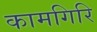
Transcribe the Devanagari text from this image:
कामगिरि